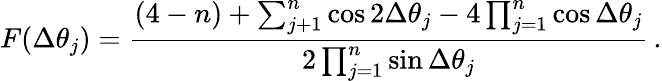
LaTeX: F(\Delta\theta_{j})=\frac{(4-n)+\sum_{j+1}^{n}\cos 2\Delta\theta_{j}-4\prod_{j=1}^{n}\cos\Delta\theta_{j}}{2\prod_{j=1}^{n}\sin\Delta\theta_{j}}\, .